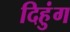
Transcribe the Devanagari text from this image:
दिहुंग